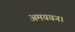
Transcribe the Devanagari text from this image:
अमययन।